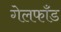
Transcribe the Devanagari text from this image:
गेलफाँड